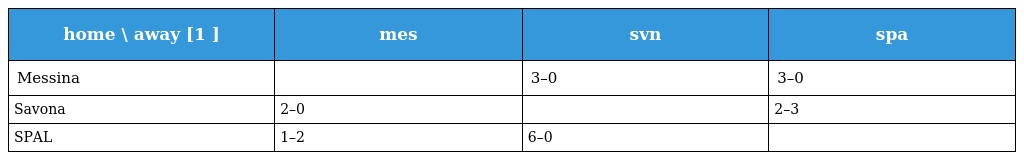
| home \ away [1 ] | mes | svn | spa |
 | --- | --- | --- | --- |
 | Messina |  | 3–0 | 3–0 |
 | Savona | 2–0 |  | 2–3 |
 | SPAL | 1–2 | 6–0 |  |